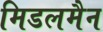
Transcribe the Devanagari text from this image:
मिडलमैन